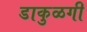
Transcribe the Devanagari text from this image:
डाकुळगी